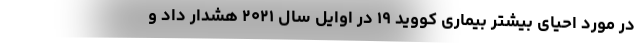
در مورد احیای بیشتر بیماری کووید ۱۹ در اوایل سال ۲۰۲۱ هشدار داد و